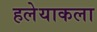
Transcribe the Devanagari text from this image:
हलेयाकला